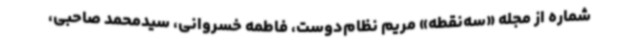
شماره از مجله «سه‌نقطه» مریم نظام‌دوست، فاطمه خسروانی، سیدمحمد صاحبی،